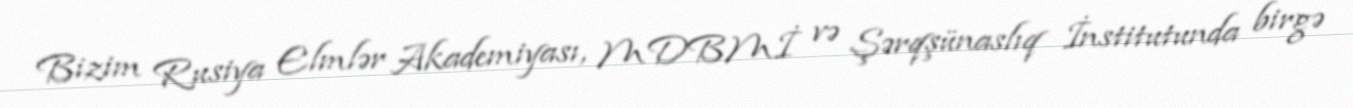
Bizim Rusiya Elmlər Akademiyası, MDBMİ və Şərqşünaslıq İnstitutunda birgə